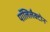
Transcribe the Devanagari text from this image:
पॉलिलैक्टोन